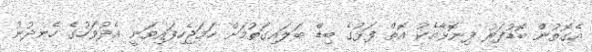
އެގޮތުން ބޮޑުފަރު ފިނޮޅާއެކު އޮތް ފަޅުގެ ބިޑް ބަލައިގަތުމަށް ހަމަޖެހިފައިވަނީ އެދުވަހުގެ ހެނދުނު